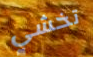
تخشي